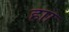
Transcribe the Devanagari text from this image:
हाा